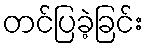
တင်ပြခဲ့ခြင်း